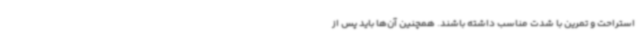
استراحت و تمرین با شدت مناسب داشته باشند. همچنین آن‌ها باید پس از